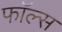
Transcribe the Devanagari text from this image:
फाॅल्स